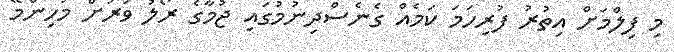
މި ފިލްމަށް އިތުރު ފުރިހަމަ ކަމެއް ގެނެސްދިނުމުގައި ޖުމާގެ ރޯލު ވަރަށް މުހިންމޭ